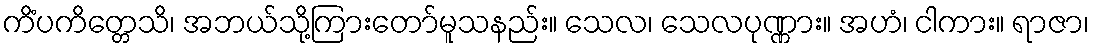
ကိံပကိတ္တေသိ၊ အဘယ်သို့ကြားတော်မူသနည်း။ သေလ၊ သေလပုဏ္ဏား။ အဟံ၊ ငါကား။ ရာဇာ၊